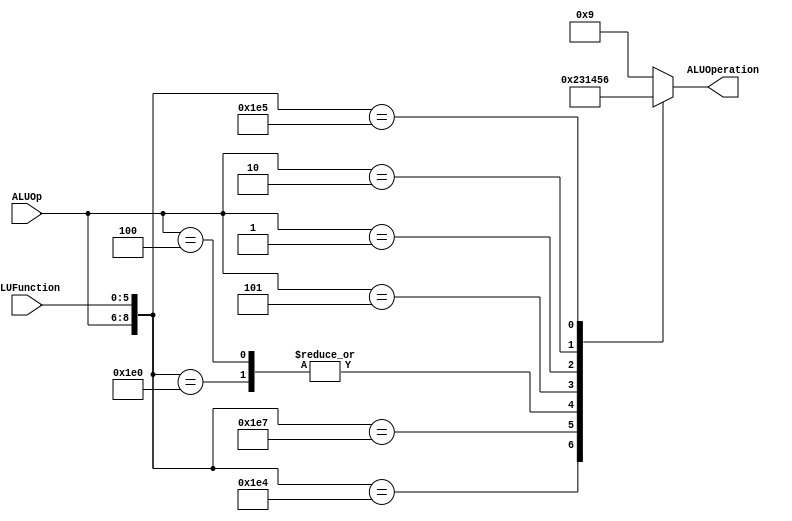
/******************************************************************
* Description
*	This is the control unit for the ALU. It receves an signal called 
*	ALUOp from the control unit and a signal called ALUFunction from
*	the intrctuion field named function.
* Version:
*	1.0
* Author:
*	Dr. Jos Luis Pizano Escalante
* email:
*	luispizano@iteso.mx
* Date:
*	01/03/2014
******************************************************************/
module ALUControl
(
	input [2:0] ALUOp,
	input [5:0] ALUFunction,
	output [3:0] ALUOperation

);

localparam R_Type_AND    = 9'b111_100100;
localparam MULT     = 9'b111_100101;
localparam R_Type_NOR    = 9'b111_100111;
localparam R_Type_ADD    = 9'b111_100000;
localparam I_Type_ADDI   = 9'b100_xxxxxx;
localparam I_Type_ORI    = 9'b101_xxxxxx;
localparam MOV    = 9'b001_xxxxxx;
localparam SQU    = 9'b010_xxxxxx;
reg [3:0] ALUControlValues;
wire [8:0] Selector;

assign Selector = {ALUOp, ALUFunction};

always@(Selector)begin
	casex(Selector)
		R_Type_AND:    ALUControlValues = 4'b0000;
		R_Type_NOR:    ALUControlValues = 4'b0010;
		R_Type_ADD:    ALUControlValues = 4'b0011;
		I_Type_ADDI:   ALUControlValues = 4'b0011;
		I_Type_ORI:    ALUControlValues = 4'b0001;
		MOV:           ALUControlValues = 4'b0100;
		SQU:           ALUControlValues = 4'b0101;
		MULT:          ALUControlValues = 4'b0110;
		default: ALUControlValues = 4'b1001;
	endcase
end


assign ALUOperation = ALUControlValues;

endmodule